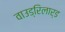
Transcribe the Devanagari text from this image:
वाउड्रिलार्ड